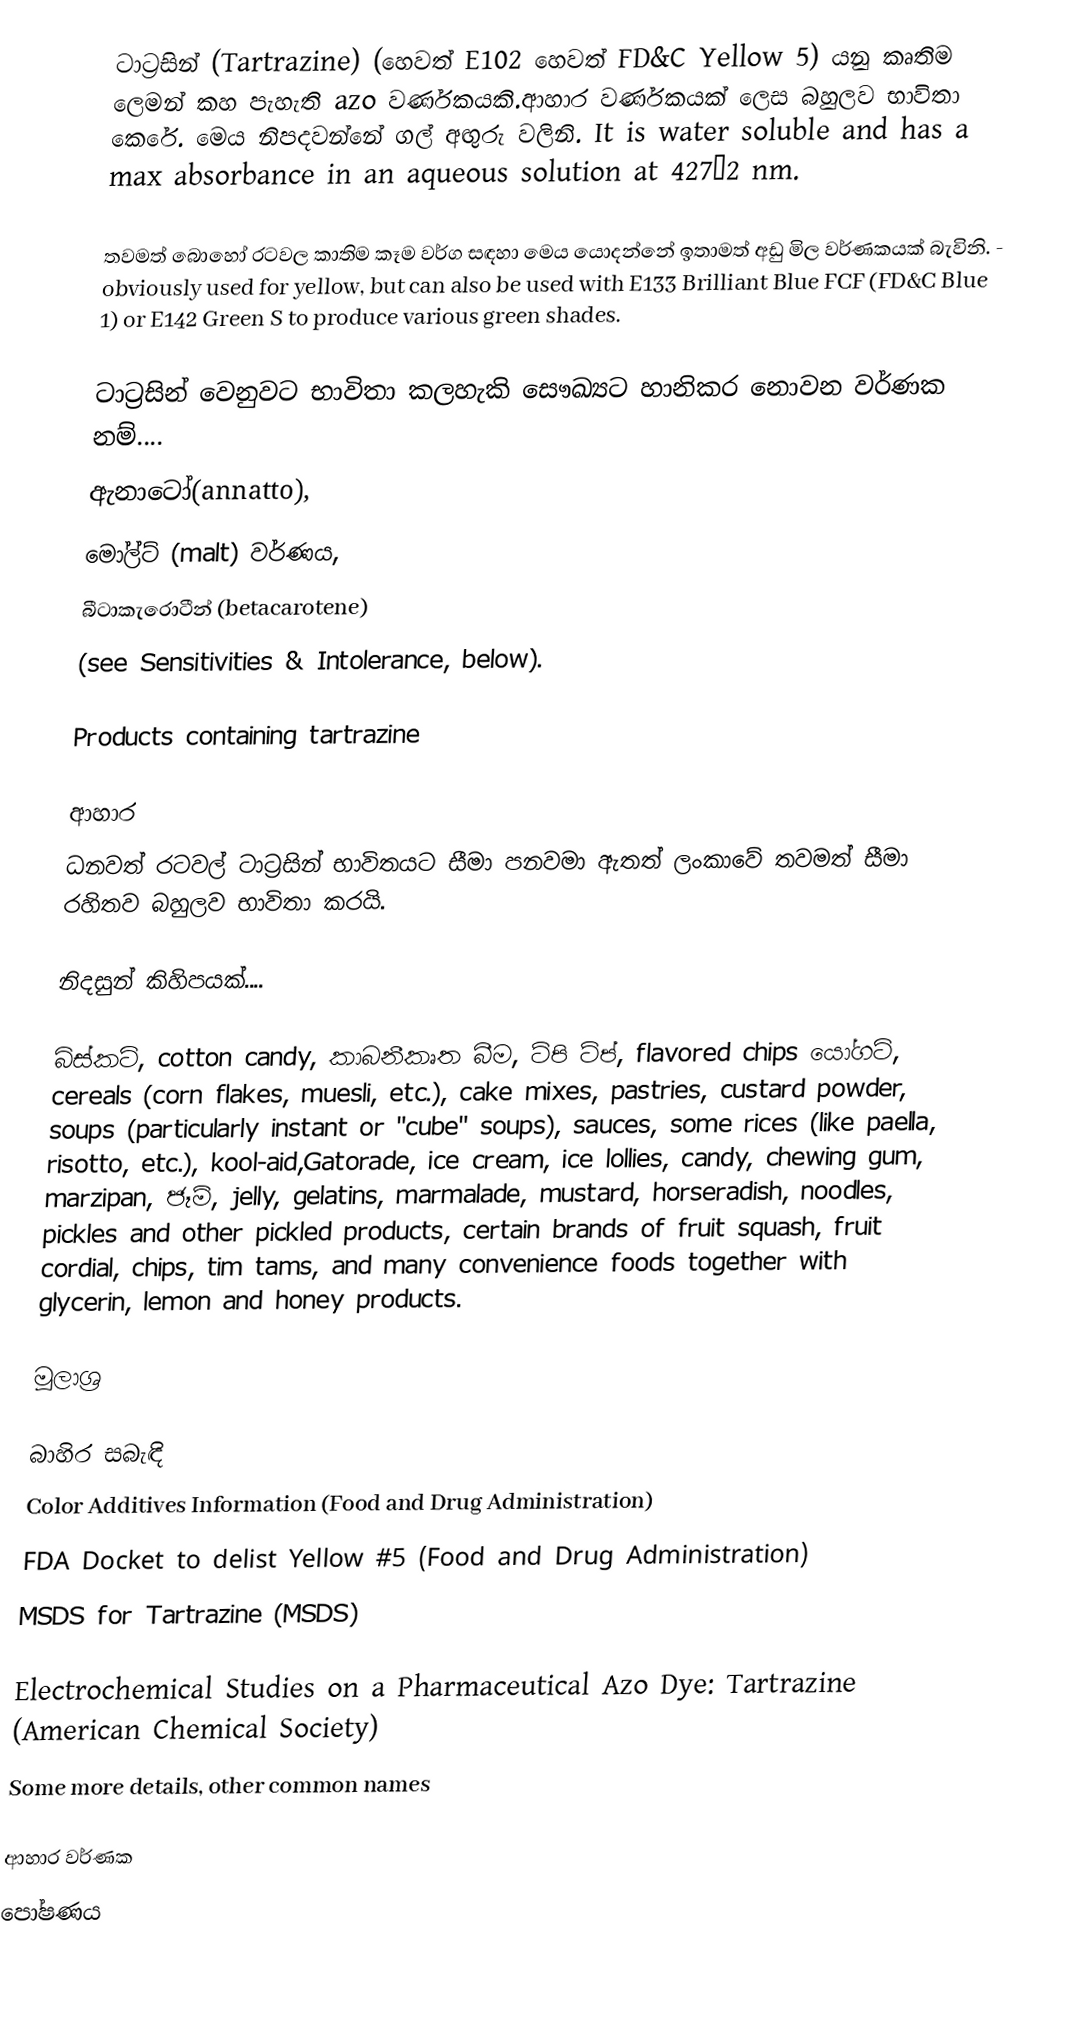
ටාට්‍රසින් (Tartrazine) (හෙවත් E102 හෙවත් FD&C Yellow 5) යනු කෘතිම ලෙමන් කහ පැහැති azo වර්ණකයකි.ආහාර වර්ණකයක් ලෙස බහුලව භාවිතා කෙරේ.  මෙය නිපදවන්නේ ගල් අඟුරු වලිනි. It is water soluble and has a max absorbance in an aqueous solution at 427±2  nm.

තවමත් බොහෝ රටවල කාතිම කෑම වර්ග සඳහා මෙය යොදන්නේ ඉතාමත් අඩු මිල වර්ණකයක් බැවිනි. - obviously used for yellow, but can also be used with E133 Brilliant Blue FCF (FD&C Blue 1) or E142 Green S to produce various green shades.

ටාට්‍රසින්  වෙනුවට භාවිතා කලහැකි සෞඛ්‍යට හානිකර නොවන වර්ණක නම්....
ඇනාටෝ(annatto),
මෝල්ට් (malt) වර්ණය,
බීටාකැරොටීන් (betacarotene)
(see Sensitivities & Intolerance, below).

Products containing tartrazine

ආහාර
ධනවත් රටවල් ටාට්‍රසින් භාවිතයට සීමා පනවමා ඇතත් ලංකාවේ තවමත් සීමා රහිතව බහුලව භාවිතා කරයි.

නිදසුන් කිහිපයක්....

බිස්කට්, cotton candy, කාබනීකෘත බීම, ටිපි ටිප්, flavored chips යෝගට්, cereals (corn flakes, muesli, etc.), cake mixes, pastries, custard powder, soups (particularly instant or "cube" soups), sauces, some rices (like paella, risotto, etc.), kool-aid,Gatorade, ice cream, ice lollies, candy, chewing gum, marzipan, ජෑම්, jelly, gelatins, marmalade, mustard, horseradish, noodles, pickles and other pickled products, certain brands of fruit squash, fruit cordial, chips, tim tams, and many convenience foods together with glycerin, lemon and honey products.

මූලාශ්‍ර

බාහිර සබැඳි
 Color Additives Information (Food and Drug Administration)
 FDA Docket to delist Yellow #5 (Food and Drug Administration)
 MSDS for Tartrazine (MSDS)

 Electrochemical Studies on a Pharmaceutical Azo Dye: Tartrazine (American Chemical Society)
 Some more details, other common names

ආහාර වර්ණක
පෝෂණය